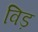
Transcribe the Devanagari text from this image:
विड़